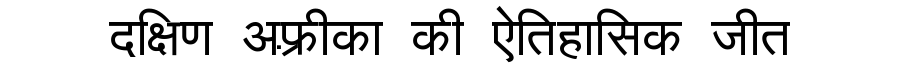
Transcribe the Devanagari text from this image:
दक्षिण अफ़्रीका की ऐतिहासिक जीत